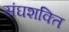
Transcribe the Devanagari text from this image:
संघशक्ति